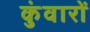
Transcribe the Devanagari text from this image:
कुंवारों